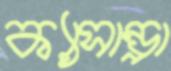
ক্যাসান্ড্রা